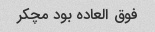
فوق العاده بود مچکر